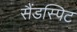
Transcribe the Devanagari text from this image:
सैंडस्पिट